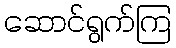
ဆောင်ရွက်ကြ